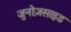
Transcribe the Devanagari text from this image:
जुनोज़साइड